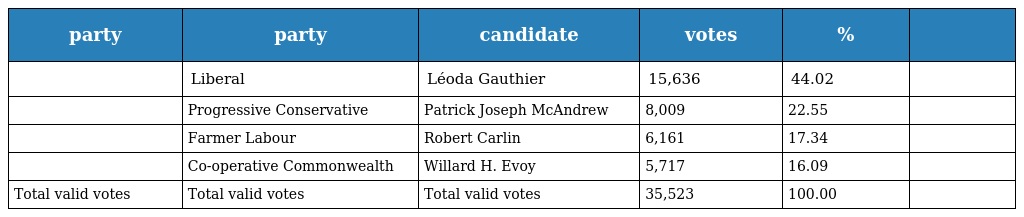
| party | party | candidate | votes | % |  |
 | --- | --- | --- | --- | --- | --- |
 |  | Liberal | Léoda Gauthier | 15,636 | 44.02 |  |
 |  | Progressive Conservative | Patrick Joseph McAndrew | 8,009 | 22.55 |  |
 |  | Farmer Labour | Robert Carlin | 6,161 | 17.34 |  |
 |  | Co-operative Commonwealth | Willard H. Evoy | 5,717 | 16.09 |  |
 | Total valid votes | Total valid votes | Total valid votes | 35,523 | 100.00 |  |